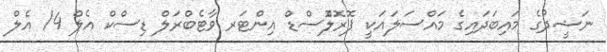
ނަޝީދުގެ މައިބަދައިގެ މައްސަލައަކީ ޕޮރޮލެޮްސްޑް އިންޓަރ ވާޓެބްރަލް ޑިސްކް އެލް 4/ އެލް